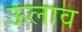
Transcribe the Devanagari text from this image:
ऊलाव